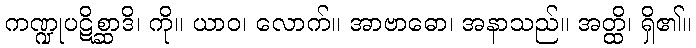
ကဏ္ဍုပဋိစ္ဆာဒိ၊ ကို။ ယာဝ၊ လောက်။ အာဗာဓော၊ အနာသည်။ အတ္ထိ၊ ရှိ၏။